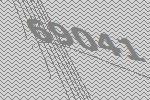
69041